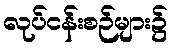
လုပ်ငန်းစဉ်များ၌